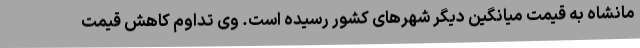
مانشاه به قیمت میانگین دیگر شهرهای کشور رسیده است. وی تداوم کاهش قیمت